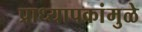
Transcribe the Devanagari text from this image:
प्राध्यापकांमुळे